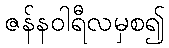
ဇန်နဝါရီလမှစ၍